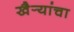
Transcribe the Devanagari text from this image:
खैर्‍यांचा